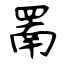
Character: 罱